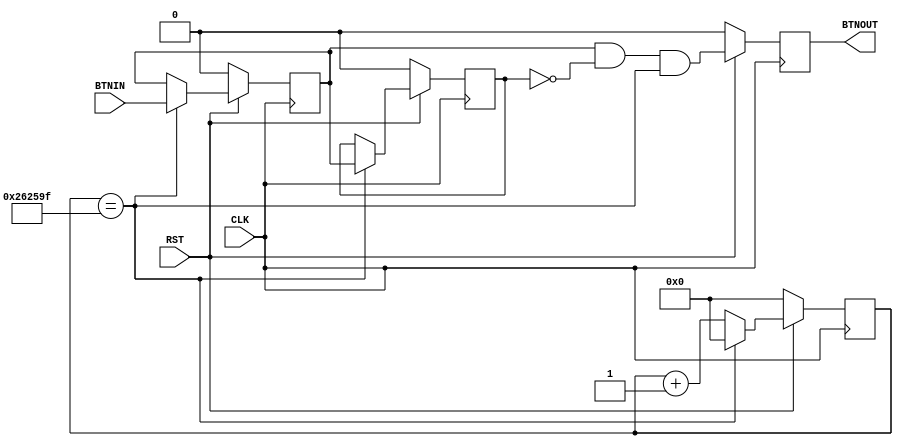
module debounce (
                 input CLK,
                 input RST,
                 input BTNIN,
                 output reg BTNOUT
                 );

   reg [21:0]               cnt22;

   wire                     en40hz = (cnt22==22'd2500000-1);

   always @( posedge CLK ) begin
      if ( !RST )
        cnt22 <= 22'h0;
      else if ( en40hz )
        cnt22 <= 22'h0;
      else
        cnt22 <= cnt22 + 22'h1;
   end

   reg ff1, ff2;

   always @( posedge CLK ) begin
      if ( !RST ) begin
        ff1 <= 1'b0;
        ff2 <= 1'b0;
      end
      else if ( en40hz ) begin
         ff2 <= ff1;
         ff1 <= BTNIN;
      end
   end

   wire temp = ff1 & ~ff2 & en40hz;

  always @( posedge CLK ) begin
     if ( !RST )
       BTNOUT <= 1'b0;
     else
       BTNOUT <= temp;
  end
endmodule // debounce